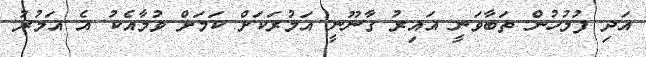
އަދި ފުލުހުން ތަބާވަނީ އައިރު ގާނޫނީ އަމުރަކަށް ކަމަށް ވުމާއެކު އެ އަމުރު